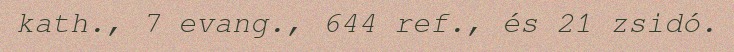
kath., 7 evang., 644 ref., és 21 zsidó.